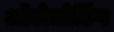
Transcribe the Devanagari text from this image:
ऑटोलोडिंग